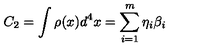
C _ { 2 } = \int \rho ( x ) d ^ { 4 } x = \sum _ { i = 1 } ^ { m } \eta _ { i } \beta _ { i }